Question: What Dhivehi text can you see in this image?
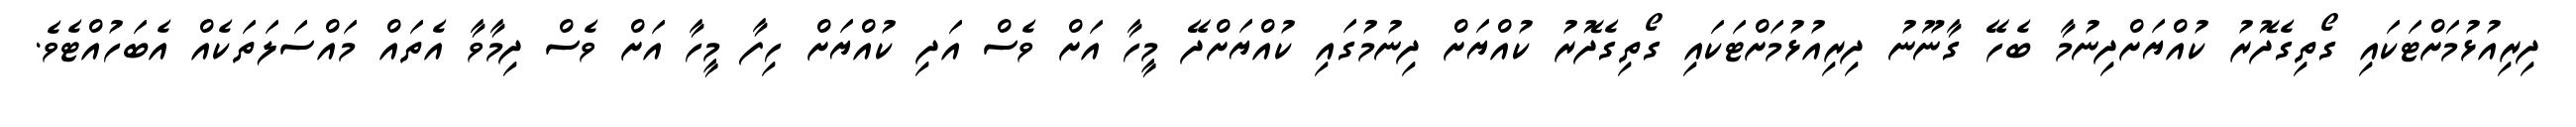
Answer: ދިރިއުޅުމަށްޓަކައި ގޯތިގެދޮރު ކުއްޔަށްދިނުމާ ބެހޭ ގާނޫނު ދިރިއުޅުމަށްޓަކައި ގޯތިގެދޮރު ކުއްޔަށް ދިނުމުގައި ކުއްޔަށްދޭ މީހާ އަށް ވެސް އަދި ކުއްޔަށް ހިފާ މީހާ އަށް ވެސް ދިމާވާ އެތައް މައްސަލަތަކެއް އެބަހުއްޓެވެ.